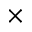
\times